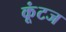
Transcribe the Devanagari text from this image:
कूंटज